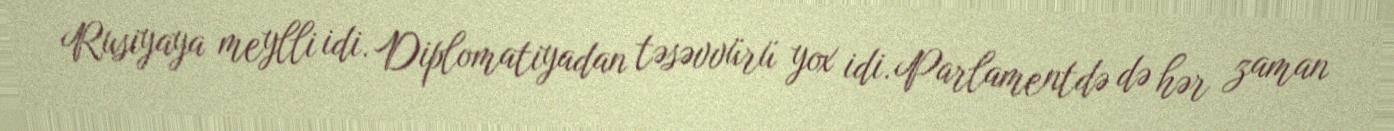
Rusiyaya meylli idi. Diplomatiyadan təsəvvürü yox idi. Parlamentdə də hər zaman